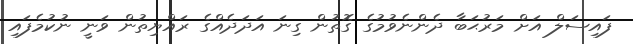
ފައިސަލް އަށް މަރުޙަބާ ދެންނެވުމުގެ ގޮތުން ގިނަ އަދަދެއްގެ ރައްޔިތުން ވަނީ ނުކުމެފައި